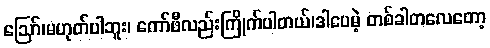
ဪ၊မဟုတ်ပါဘူး၊ ကော်ဖီလည်းကြိုက်ပါတယ်၊ဒါပေမဲ့ တစ်ခါတလေတော့